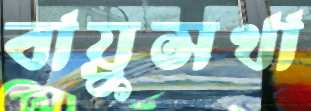
বায়ুসখা